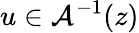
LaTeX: u\in\mathcal{A}^{-1}(z)